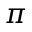
\pi